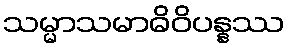
သမ္မာသမာဓိဝိပန္နဿ